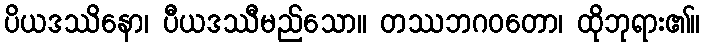
ပိယဒဿိနော၊ ပီယဒဿီမည်သော။ တဿဘဂဝတော၊ ထိုဘုရား၏။